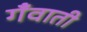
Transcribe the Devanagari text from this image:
गँवाती